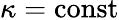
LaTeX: \kappa=\mathrm{const}